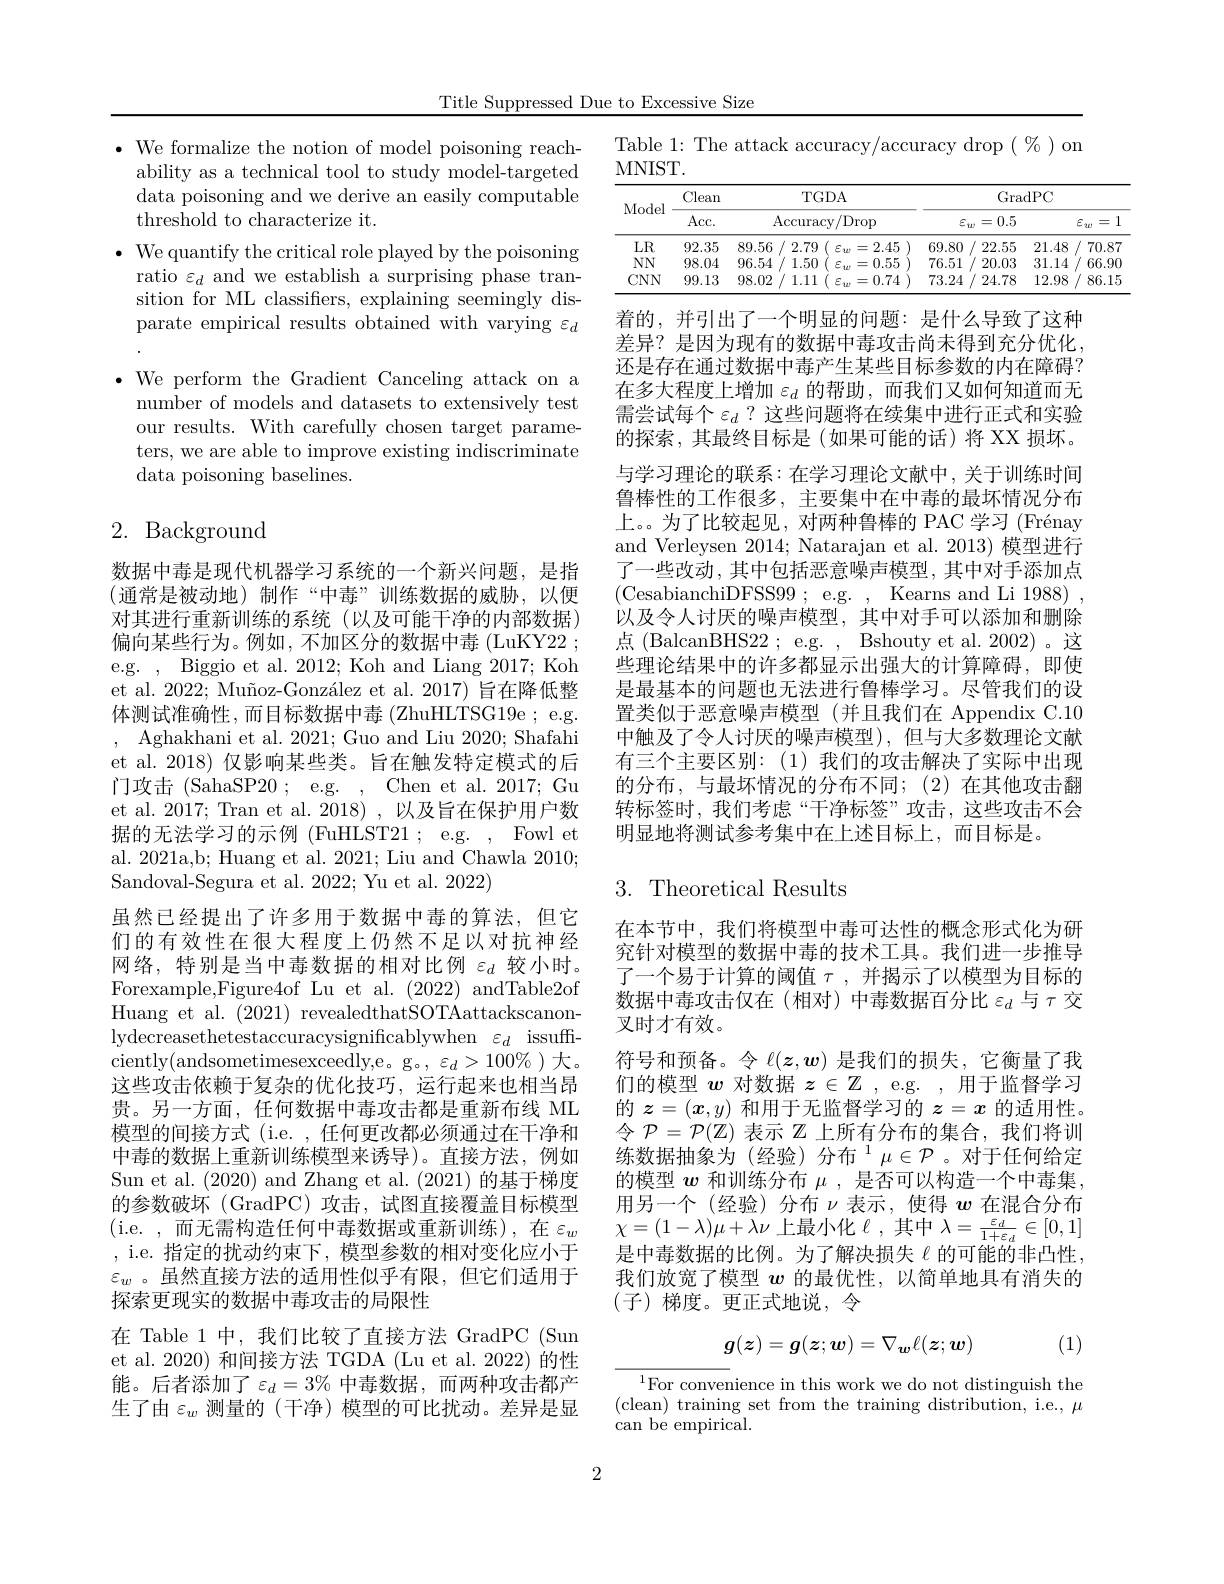
Title Suppressed Due to Excessive Size

$\bullet$ We formalize the notion of model poisoning reach-
ability as a technical tool to study model-targeted data poisoning and we derive an easily computable threshold to characterize it.
$\bullet$ We quantify the critical role played by the poisoning
ratio $\varepsilon_d$ and we establish a surprising phase transition for ML classifiers, explaining seemingly disparate empirical results obtained with varying $\varepsilon_d$ $\bullet$ We perform the Gradient Canceling attack on a number of models and datasets to extensively test our results. With carefully chosen target parameters, we are able to improve existing indiscriminate data poisoning baselines.

# 2. Background

数据中毒是现代机器学习系统的一个新兴问题，是指(通常是被动地)制作“中毒”训练数据的威胁，以便对其进行重新训练的系统(以及可能干净的内部数据) 偏向某些行为。例如，不加区分的数据中毒(LuKY22 ; e.g. , Biggio et al. 2012; Koh and Liang 2017; Koh et al. 2022; Muñoz-González et al. 2017) 旨在降低整体测试准确性，而目标数据中毒(ZhuHLTSG19e; e.g. , Aghakhani et al. 2021; Guo and Liu 2020; Shafahi et al. 2018) 仅影响某些类。旨在触发特定模式的后门攻击 (SahaSP20 ; e.g. , Chen et al. 2017; Gu et al. 2017; Tran et al. 2018), 以及旨在保护用户数据的无法学习的示例 (FuHLST21 ; e.g. , Fowl et al. 2021a,b; Huang et al. 2021; Liu and Chawla 2010; Sandoval-Segura et al. 2022; Yu et al. 2022)
虽然已经提出了许多用于数据中毒的算法，但它们的有效性在很大程度上仍然不足以对抗神经网络，特别是当中毒数据的相对比例$\varepsilon_d$较小时。Forexample,Figure4of Lu et al.(2022) andTable2of Huang et al. (2021) revealedthatSOTAattackscanonlydecreasethetestaccuracysignificablywhen $\varepsilon_d$ issuffciently(andsometimesexceedly,e。g。$,\varepsilon_d>100\%$)大。这些攻击依赖于复杂的优化技巧，运行起来也相当昂贵。另一方面，任何数据中毒攻击都是重新布线 ML 模型的间接方式 (i.e. ,任何更改都必须通过在干净和中毒的数据上重新训练模型来诱导)。直接方法，例如Sun et al. (2020) and Zhang et al. (2021) 的基于梯度的参数破坏(GradPC)攻击，试图直接覆盖目标模型( i. e. , 而 无 需 构 造 任 何 中 毒 数 据 或 重 新 训 练 ) , 在 $\varepsilon _w$ ,i.e. 指定的扰动约束下，模型参数的相对变化应小于$\varepsilon_w$ 。虽然直接方法的适用性似乎有限，但它们适用于探索更现实的数据中毒攻击的局限性
在 Table 1 中，我们比较了直接方法 GradPC (Sun et al. 2020) 和间接方法 TGDA (Lu et al. 2022) 的性能。后者添加了$\varepsilon_d=3\%$中毒数据，而两种攻击都产生了由$\varepsilon_w$测量的 (干净)模型的可比扰动。差异是显

Table 1: The attack accuracy/accuracy drop $(\begin{array}{c}\%\end{array})$ on
MNIST.

<table>
	<tbody>
		<tr>
			<th rowspan="2">Model</th>
			<th rowspan="2">Clean Acc. </th>
			<th>TGDA</th>
			<th colspan="2">GradPC</th>
		</tr>
		<tr>
			<th>$\operatorname{Accuracy/Drop}$</th>
			<th>$\varepsilon_{w}=0.5$</th>
			<th>1 $\varepsilon_w$ =</th>
		</tr>
		<tr>
			<td>$LR$</td>
			<td>92.35</td>
			<td>89.56 :/ 2.79 $\varepsilon_{w}=2.45$ 1</td>
			<td>69.80 1/1 22.55</td>
			<td>21.48 70.87</td>
		</tr>
		<tr>
			<td>$NN$</td>
			<td>98.04</td>
			<td>1.50 =0.55 96.54 $E_{w}$</td>
			<td>76.51 20.03</td>
			<td>$i1.14$ 66.90</td>
		</tr>
		<tr>
			<td>$CNN$</td>
			<td>99.13</td>
			<td>98.02 1.11 P 三 =0.74</td>
			<td>73.24 24.78 1</td>
			<td>.2.98 86.15</td>
		</tr>
	</tbody>
</table>

着的，并引出了一个明显的问题：是什么导致了这种差异？是因为现有的数据中毒攻击尚未得到充分优化还是存在通过数据中毒产生某些目标参数的内在障碍？ 在多大程度上增加$\varepsilon_d$的帮助 ,而我们又如何知道而无需尝试每个$\varepsilon_d?$这些问题将在续集中进行正式和实验的探索，其最终目标是(如果可能的话)将 XX 损坏。与学习理论的联系：在学习理论文献中，关于训练时间鲁棒性的工作很多，主要集中在中毒的最坏情况分布上。。为了比较起见，对两种鲁棒的 PAC 学习 (Frénay and Verleysen 2014; Natarajan et al. 2013) 模型进行了一些改动，其中包括恶意噪声模型，其中对手添加点(CesabianchiDFSS99; e.g.,Kearns and Li 1988), 以及令人讨厌的噪声模型，其中对手可以添加和删除点 (BalcanBHS22; e.g. , Bshouty et al. 2002)。这些理论结果中的许多都显示出强大的计算障碍，即使是最基本的问题也无法进行鲁棒学习。尽管我们的设置类似于恶意噪声模型 (并且我们在 Appendix C.10中触及了令人讨厌的噪声模型),但与大多数理论文献有三个主要区别：(1)我们的攻击解决了实际中出现的分布，与最坏情况的分布不同；(2)在其他攻击翻转标签时，我们考虑“干净标签”攻击，这些攻击不会明显地将测试参考集中在上述目标上，而目标是。

## 3.Theoretical Results

在本节中，我们将模型中毒可达性的概念形式化为研究针对模型的数据中毒的技术工具。我们进一步推导了一个易于计算的阈值$\tau$ ,并揭示了以模型为目标的数据中毒攻击仅在(相对)中毒数据百分比$\varepsilon_d$与$\tau$交叉时才有效。
符号和预备。令$\ell(\boldsymbol{z},\boldsymbol{w})$是我们的损失，它衡量了我们的模型$\boldsymbol{w}$对数据$z\in\mathbb{Z}$, e.g. ,用于监督学习的$\boldsymbol{z}=(\boldsymbol{x},y)$和用于无监督学习的$z=x$的适用性。令$\mathcal{P}=\mathcal{P}(\mathbb{Z})$表示$\mathbb{Z}$上所有分布的集合，我们将训练数据抽象为(经验)分布$^{\mathrm{i} }\mu \in \mathcal{P}$。对于任何给定的模型$w$和训练分布$\mu$ ,是否可以构造一个中毒集用另一个(经验)分布$\nu$表示，使得$w$在混合分布$\chi=(1-\lambda)\mu+\lambda\nu$上最小化$\ell$,其中$\lambda=\frac{1+\varepsilon_d}\in[0,1]$ 是中毒数据的比例。为了解决损失$\ell$的可能的非凸性我们放宽了模型$w$的最优性，以简单地具有消失的$$($子)梯度。更正式地说，令$
$$g(z)=g(z;w)=\nabla_{\boldsymbol{w}}\ell(\boldsymbol{z};\boldsymbol{w})$$
(1)

$^{1}$For convenience in this work we do not distinguish the ( clean) training set from the training distribution, i. e. , $\mu$ $\operatorname{can}$ be empirical.

2